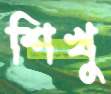
শিখু